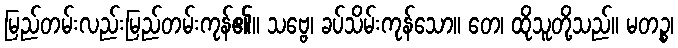
မြည်တမ်းလည်းမြည်တမ်းကုန်၏။ သဗ္ဗေ၊ ခပ်သိမ်းကုန်သော။ တေ၊ ထိုသူတို့သည်။ မတဉ္စ၊